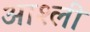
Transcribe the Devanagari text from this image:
आश्ली